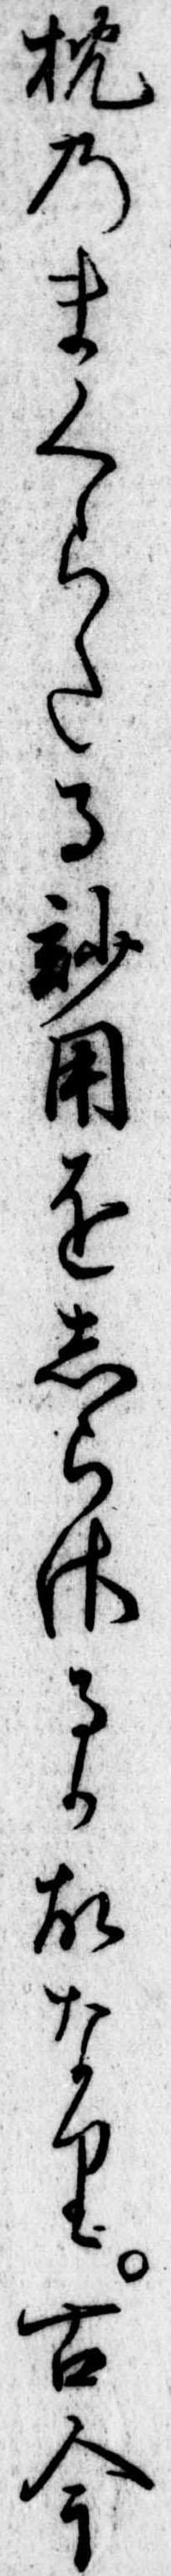
枕のまくらたる妙用をしらさるか故なり古今